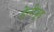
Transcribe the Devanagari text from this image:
हेन्‍रीवुड